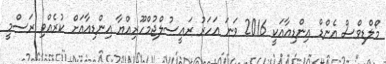
މޯލްޑިވްސް އެންޑް އިންޑިއާއަކީ 2016 ވަނަ އަހަރު ރައީސުލްޖުމްހޫރިއްޔާ އިންޑިއާއަށް ކުރެއްވި ރަސްމީ